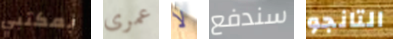
بمكتبي عمرى لا سندفع التانجو